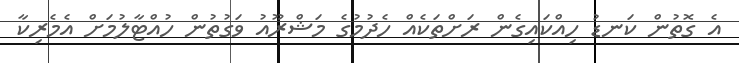
އެ ގޮތުން ކަނޑު ހިއްކައިގެން ރަށްތަކެއް ހެދުމުގެ މަޝްރޫއު ވަގުތުން ހުއްޓާލުމަށް އެމެރިކާ